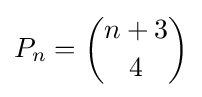
P_{n}={\binom {n+3}{4}}